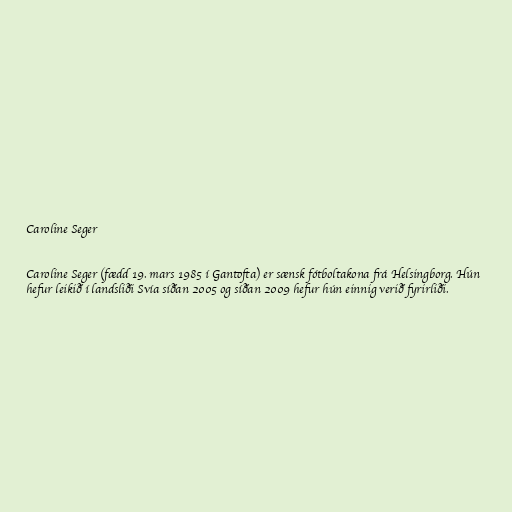
Caroline Seger

Caroline Seger (fædd 19. mars 1985 í Gantofta) er sænsk fótboltakona frá Helsingborg. Hún
hefur leikið í landsliði Svía síðan 2005 og síðan 2009 hefur hún einnig verið fyrirliði.